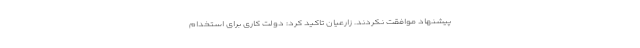
پیشنهاد موافقت نکردند. زارعیان تاکید کرد: دولت کاری برای استخدام